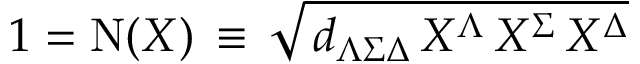
1 = \mathrm { N } ( X ) \, \equiv \, \sqrt { \, d _ { \Lambda \Sigma \Delta } \, X ^ { \Lambda } \, X ^ { \Sigma } \, X ^ { \Delta } }